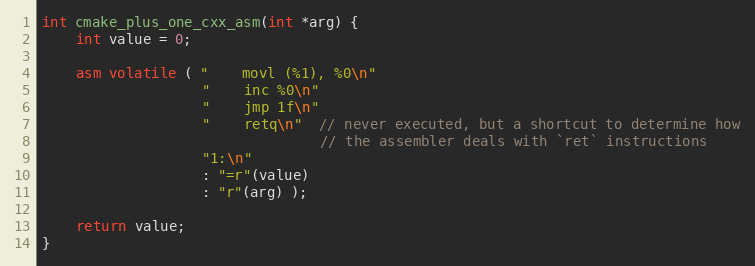
Language: C++
int cmake_plus_one_cxx_asm(int *arg) {
    int value = 0;

    asm volatile ( "    movl (%1), %0\n"
                   "    inc %0\n"
                   "    jmp 1f\n"
                   "    retq\n"  // never executed, but a shortcut to determine how
                                 // the assembler deals with `ret` instructions
                   "1:\n"
                   : "=r"(value)
                   : "r"(arg) );

    return value;
}